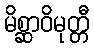
မိစ္ဆာဝိမုတ္တီ